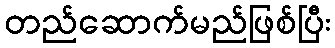
တည်ဆောက်မည်ဖြစ်ပြီး